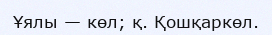
Ұялы — көл; қ. Қошқаркөл.